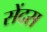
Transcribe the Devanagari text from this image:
सेंदस